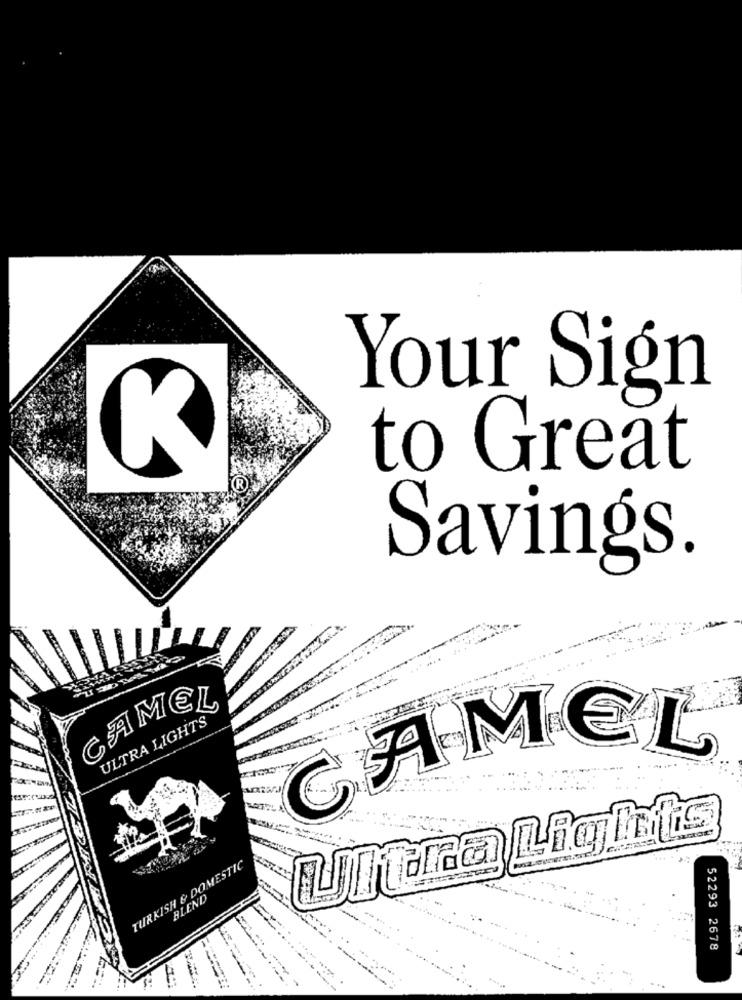
Your Sign
to Great
Savings.
CAMEL
ULTRA LIGHTS
CAMEL
UITna Lights
TURKISH & DOMESTIC
BLEND
52293 2678